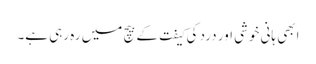
ابھی ہانی خوشی اور درد کی کیفت کے بیچ میں رہ رہی ہے۔